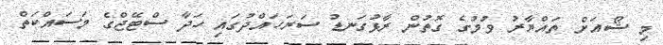
މި ޝޯއަށް ތައްޔާރު ވުމުގެ ގޮތުން ރާޅުގަނޑު ސަރަހައްދުގައި ހަދާ ސްޓޭޖްގެ މަސައްކަތް